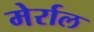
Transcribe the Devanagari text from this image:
मेर्राल